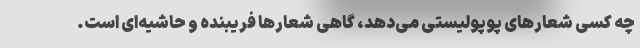
چه کسی شعارهای پوپولیستی می‌دهد، گاهی شعارها فریبنده و حاشیه‌ای است.